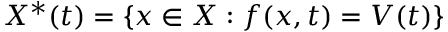
X ^ { \ast } ( t ) = \{ x \in X : f ( x , t ) = V ( t ) \}